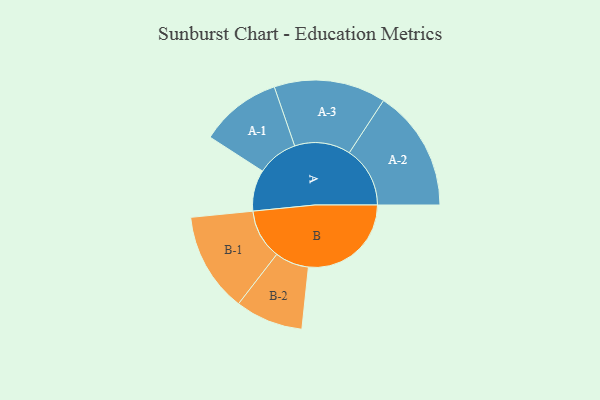
{"axis": {"x": "Segment", "y": "Value"}, "legend": ["", "A", "B"], "data": [{"x": "A", "y": 163, "type": ""}, {"x": "B", "y": 406, "type": ""}, {"x": "A-1", "y": 161, "type": "A"}, {"x": "A-2", "y": 240, "type": "A"}, {"x": "A-3", "y": 221, "type": "A"}, {"x": "B-1", "y": 197, "type": "B"}, {"x": "B-2", "y": 134, "type": "B"}]}